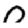
Digit: 0